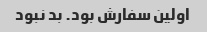
اولین سفارش بود. بد نبود